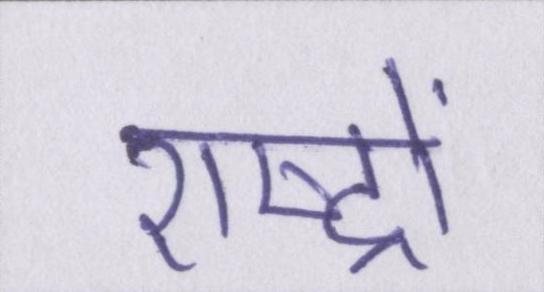
राष्ट्रों